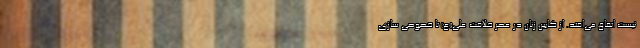
نیست اتفاق می‌افتد. از کابین زنان در عصر خلافت علی(ع) تا خصوصی سازی